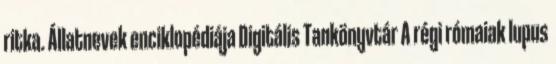
ritka. Állatnevek enciklopédiája Digitális Tankönyvtár A régi rómaiak lupus